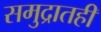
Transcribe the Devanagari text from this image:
समुद्रातही